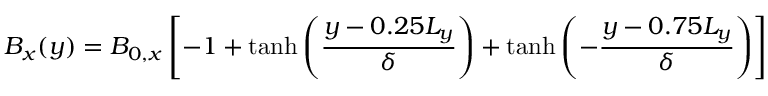
B _ { x } ( y ) = B _ { 0 , x } \left[ - 1 + \operatorname { t a n h } \left( \frac { y - 0 . 2 5 L _ { y } } { \delta } \right) + \operatorname { t a n h } \left( - \frac { y - 0 . 7 5 L _ { y } } { \delta } \right) \right]